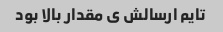
تایم ارسالش ی مقدار بالا بود